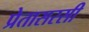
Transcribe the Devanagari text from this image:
प्रेतासरसी